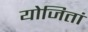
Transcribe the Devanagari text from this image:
योजितां